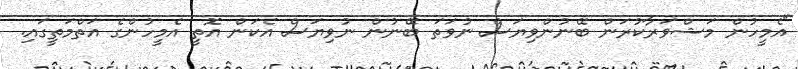
"އެމީހުން މަޝްވަރާކުރަން ބޭނުންވިޔަސް ނުވަތަ ބޭނުން ނުވިޔަސް އެކަން އޮތީ އެމީހުންގެ އަތްމަތީގައި.